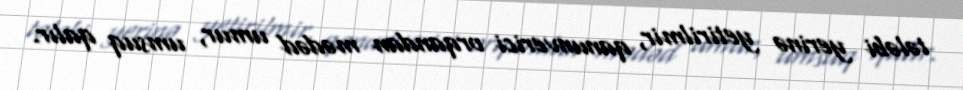
tələbi yerinə yetirilmir, qanunverici orqandan mədəd umur, umsuq qalır.